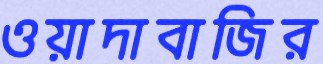
ওয়াদাবাজির